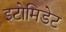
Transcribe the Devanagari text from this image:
इटोमिडेट